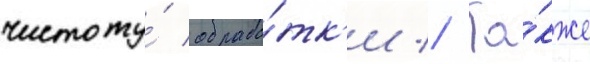
чистоту́ обрабо́тк'и // Та́кже